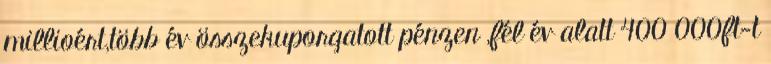
millioért,több év összekuporgatott pénzen ,fél év alatt 400 000ft-t